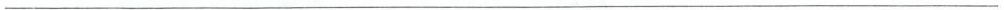
___